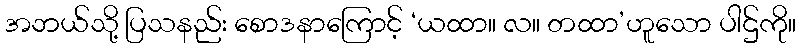
အဘယ်သို့ ပြသနည်း စောဒနာကြောင့် ‘ယထာ။ လ။ တထာ’ဟူသော ပါဌ်ကို။